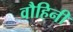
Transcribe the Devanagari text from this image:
वौहिनी